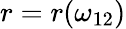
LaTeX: r=r(\omega_{12})